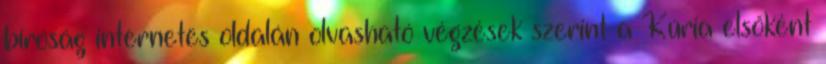
bíróság internetes oldalán olvasható végzések szerint a Kúria elsőként